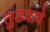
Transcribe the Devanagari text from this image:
तुडवावे